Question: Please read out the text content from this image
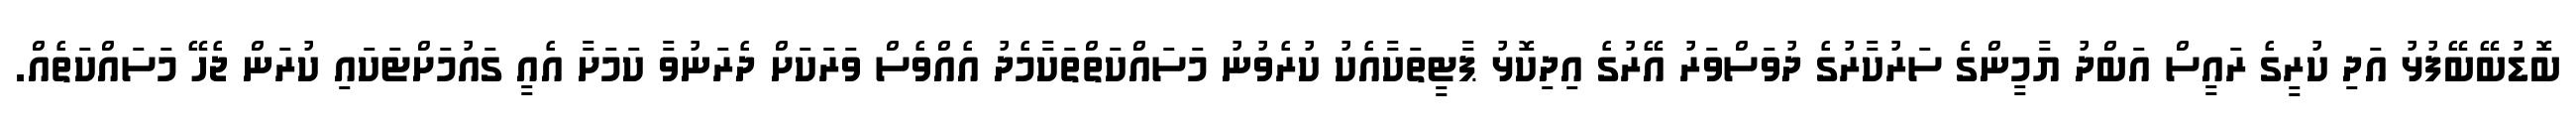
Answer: ބޮޑުބޭބޭފުޅު އަދި ކުރީގެ ރައީސް އަބްދު ޔާމީންގެ ސަރުކާރުގެ ދުވަސްވަރު އޭރުގެ އިދިކޮޅު ޕާޓީތަކާއެކު ކުރެވުނު މަސައްކަތްތަކާމެދު އެއްވެސް ވަރަކަށް ދެރަނުވާ ކަމަށާ އެއީ ގައުމަށްޓަކައި ކުރަން ޖެހޭ މަސައްކަތެއް.